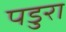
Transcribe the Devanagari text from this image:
पडुरा